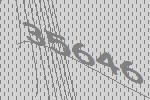
35646